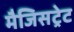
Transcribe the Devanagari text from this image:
मैजिसट्रेट